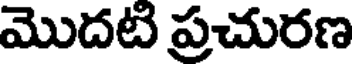
మొదటి ప్రచురణ